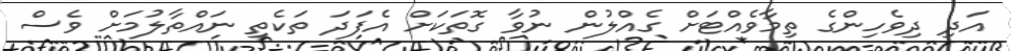
އަދި ދިވެހިންގެ ތިމާވެއްޓަށް ގެއްލުން ނުވާ ގޮތަކަށް އެފަދަ ތަކެތި ނައްތާލުމަށް ވެސް